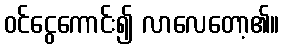
ဝင်ငွေကောင်း၍ လာလေတော့၏။